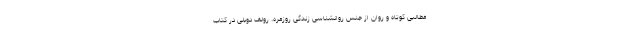
مطالبی کوتاه و روان از جنس روانشناسی زندگی روزمره. رولف دوبلی در کتاب